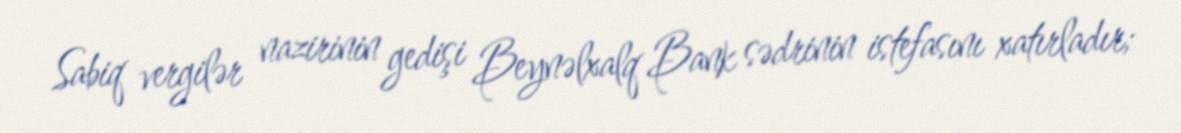
Sabiq vergilər nazirinin gedişi Beynəlxalq Bank sədrinin istefasını xatırladır;